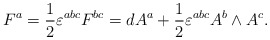
\begin{align*}F^a=\frac 12\varepsilon ^{abc}F^{bc}=dA^a+\frac 12\varepsilon^{abc}A^b\wedge A^c.\end{align*}